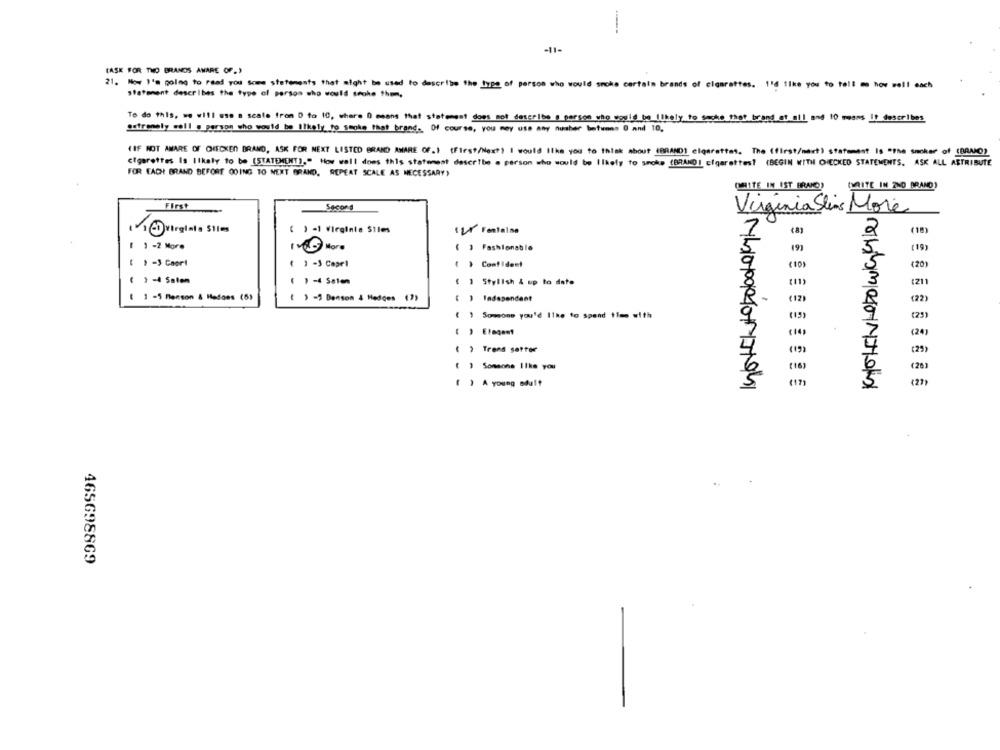
-11-
(ASK FOR THO BRANDS AMARE OF.)
21. Now I'm going to read you some statements that might be used to describe the type of person who would smoke certain brands of clanrattes. 1'd Ilke you to tell me how well each
statement describes the type of person who would spoke them,
To do this, we will use a scale from 0 to 10, where 0 means that statengat does mot describe @ person who would be (likely to sacke that brand at all, and 10 means It describes
outrenely well ._ person who would be likely to smoke that brand. Of course, you may use any nusher betunes 0 and 10.
(IF NOT AWARE OF CHECKED BRAND, ASK FOR NEXT LISTED BRAND AWARE OF.1 (First/Next) I would like you to think about (BRAND] cigarettes. The (first/next) statement Is "The smoker of (BRAMO)
cigarettes Is Ilkaly to be (STATEMENT)." How well does this statement describe a person who would be Ilkely to smoke (BRAKO1 cigarettes? (BEGIN WITH CHECKED STATEMENTS. ASK ALL ASTRIBUTE
FOR EACH BRAND BEFORE GOING TO NEXT BRAND, REPEAT SCALE AS NECESSARY)
(WHITE IN IST BRAND)
(WRITE IN 2NO BRAND)
First
Secor s
Virginia Stins More
@ Virginia Sties
( ) -1 Virginie Siles
( 2) Fontaine
2
(10)
( 1 -2 More
1.00 More
( ) Fashionable
19
(19)
( , - 3 Capri
( ) -3 Capel
( ) Confident
(10)
(20)
( ) -4 Salen
( ) -4 Salen
( ] Stylish & up to date
(11)
3
[211
( 1 -5 Menson & Hedoes (5)
( ) =5 Densom 4 Hedoes (?)
( ) Independent
(12)
(22)
( ) Somone you'd Ilke to spend time with
(15)
(23)
(24)
( ) Elegant
7
( ) Trend satter
(21)
( ) Someone like you
(16)
(26)
( ) A young adult
(17)
465698869